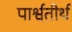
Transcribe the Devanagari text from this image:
पार्श्वतीर्थ